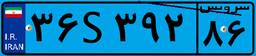
۳۶S۳۹۲۸۶